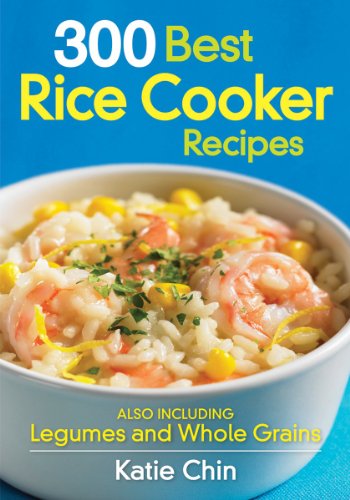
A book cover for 300 Best Rice Cooker Recipes: Also Including Legumes and Whole Grains; Katie Chin; Cookbooks, Food & Wine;